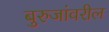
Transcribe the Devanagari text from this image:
बुरुजांवरील